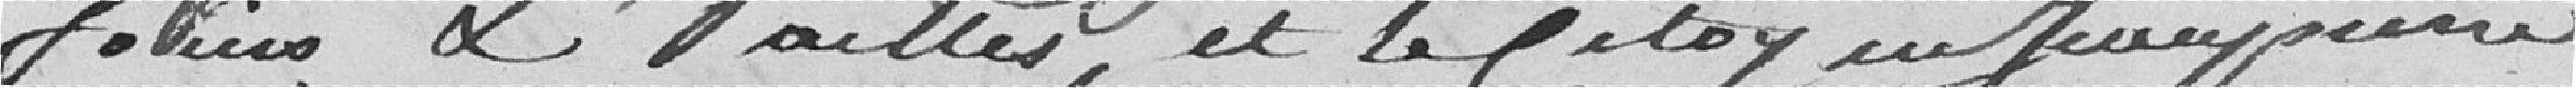
foins et pailles, et le citoyen Jeanpierre